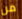
من